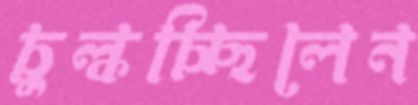
চুল্‌কচ্ছিলেন